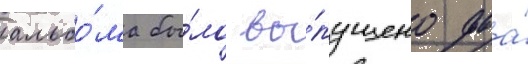
альбо́ма бы́ло вы́пущено два́